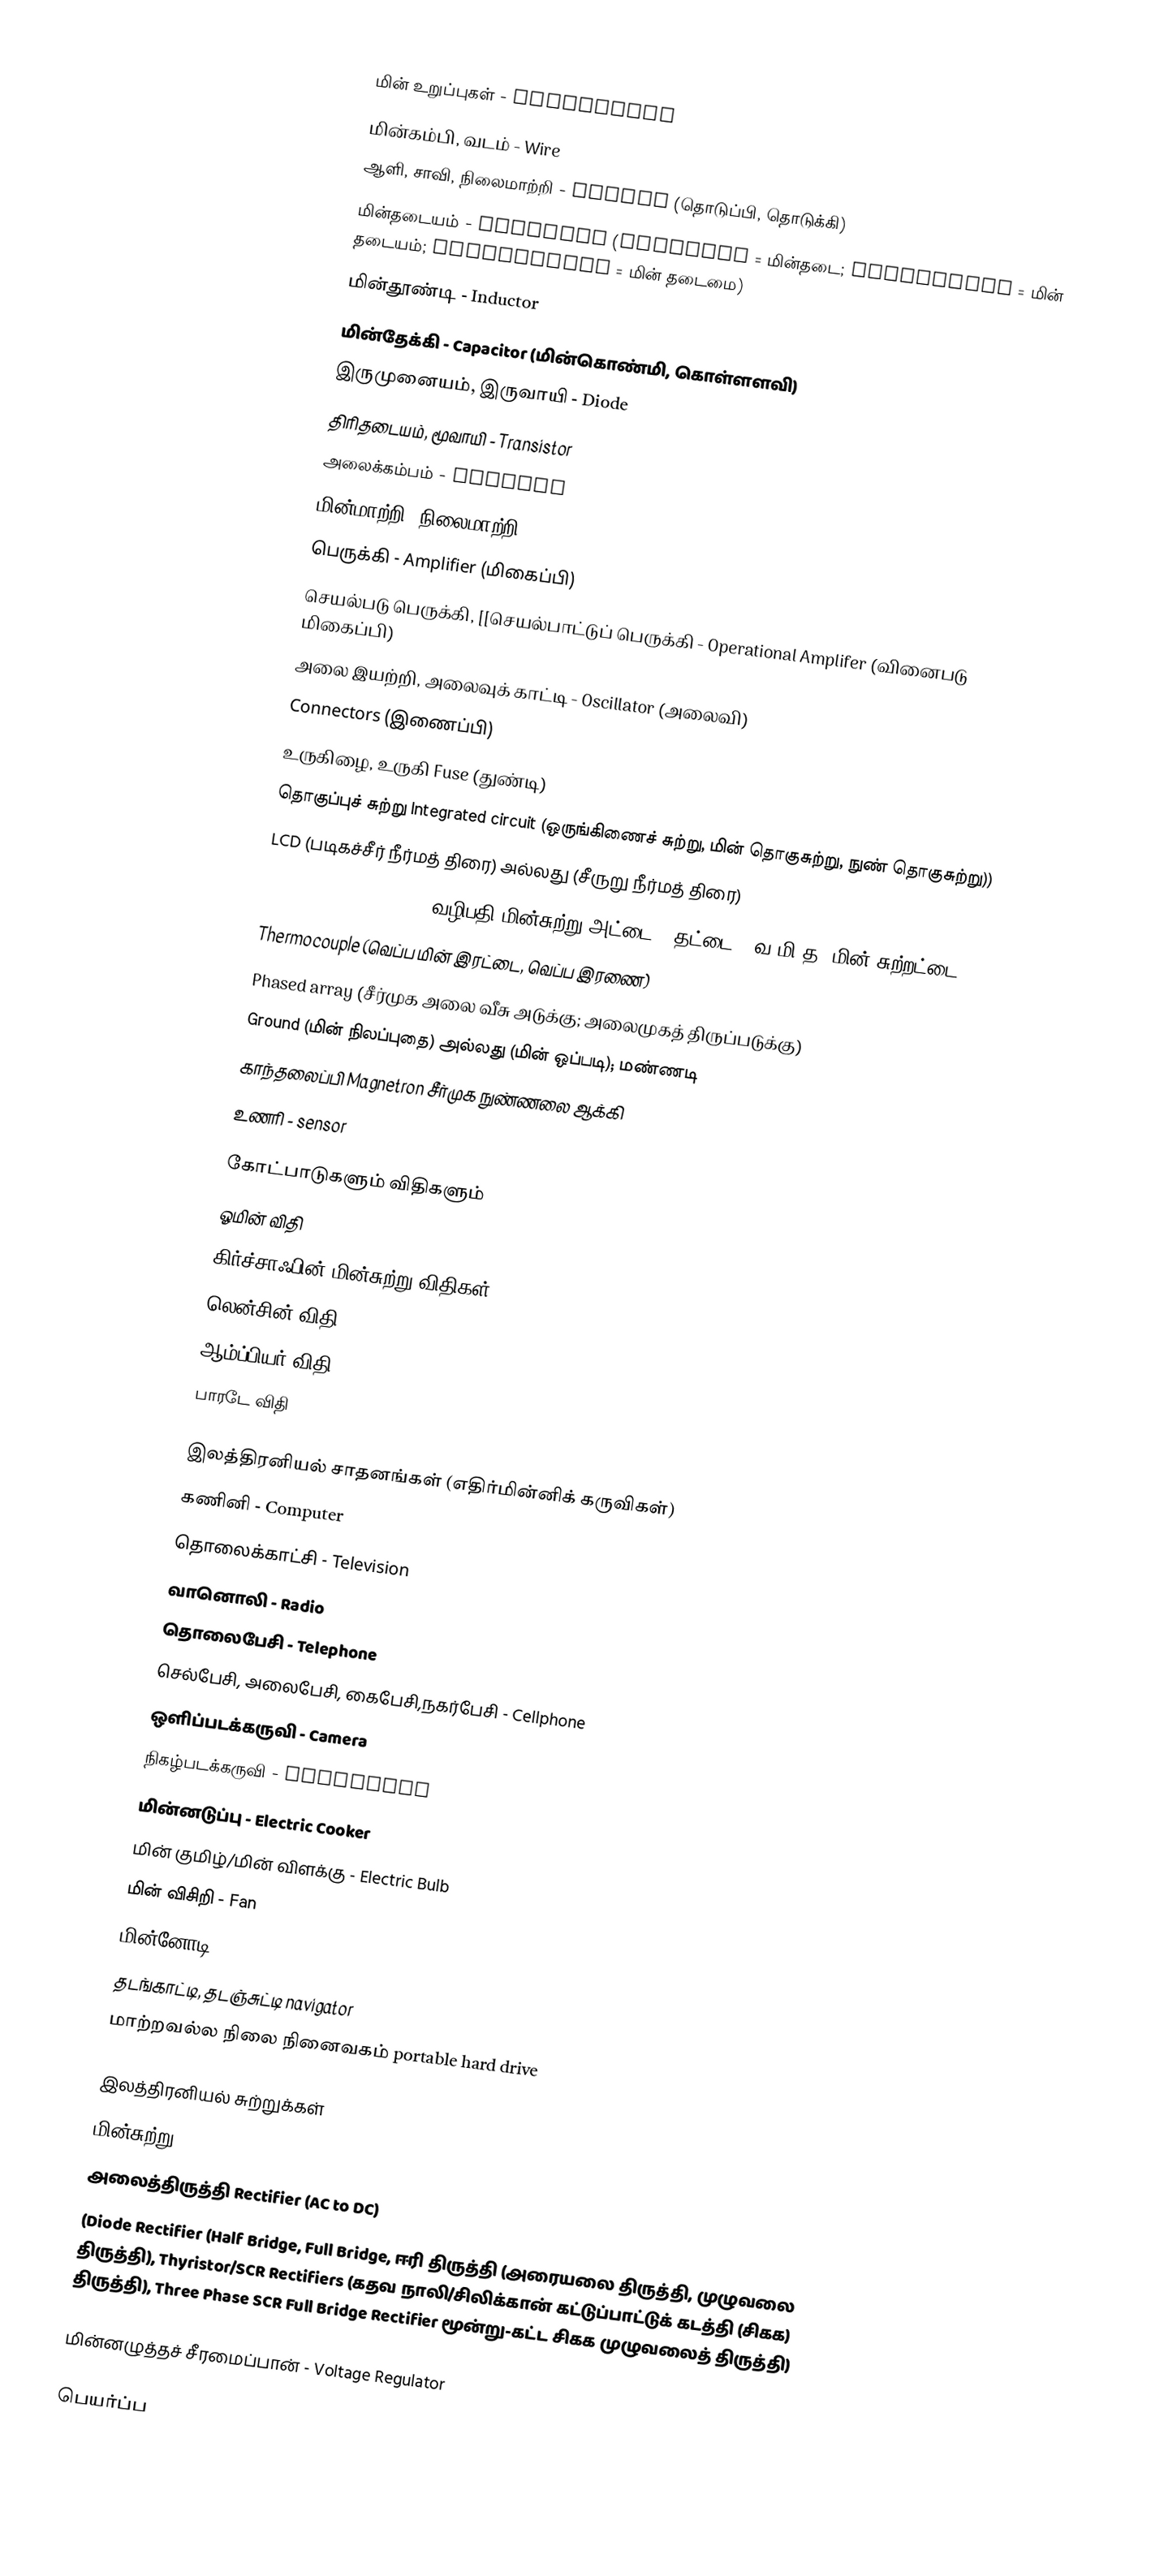

மின் உறுப்புகள் - Components
 மின்கம்பி, வடம் - Wire
 ஆளி, சாவி, நிலைமாற்றி - Switch (தொடுப்பி, தொடுக்கி)
 மின்தடையம் - Resistor (Resistor = மின்தடை; Resistance = மின் தடையம்; Resistivity = மின் தடைமை)
 மின்தூண்டி - Inductor
 மின்தேக்கி - Capacitor (மின்கொண்மி, கொள்ளளவி)
 இருமுனையம், இருவாயி - Diode
 திரிதடையம், மூவாயி - Transistor
 அலைக்கம்பம் - Antenna
 மின்மாற்றி, நிலைமாற்றி - Transformer
 பெருக்கி - Amplifier (மிகைப்பி)
 செயல்படு பெருக்கி, [[செயல்பாட்டுப் பெருக்கி - Operational Amplifer (வினைபடு மிகைப்பி)
 அலை இயற்றி, அலைவுக் காட்டி - Oscillator (அலைவி)
 Connectors (இணைப்பி)
 உருகிழை, உருகி Fuse (துண்டி)
 தொகுப்புச் சுற்று Integrated circuit (ஒருங்கிணைச் சுற்று, மின் தொகுசுற்று, நுண் தொகுசுற்று))
 LCD (படிகச்சீர் நீர்மத் திரை) அல்லது (சீருறு நீர்மத் திரை)
 Printed circuit board (வழிபதி மின்சுற்று அட்டை (/தட்டை)) வ.மி.த; மின் சுற்றட்டை)
 Thermocouple (வெப்ப மின் இரட்டை, வெப்ப இரணை)
 Phased array (சீர்முக அலை வீசு அடுக்கு; அலைமுகத் திருப்படுக்கு)
 Ground (மின் நிலப்புதை) அல்லது (மின் ஒப்படி); மண்ணடி
 காந்தலைப்பி Magnetron சீர்முக நுண்ணலை ஆக்கி
 உணரி - sensor

கோட்பாடுகளும் விதிகளும்
 ஓமின் விதி
 கிர்ச்சாஃபின் மின்சுற்று விதிகள்
 லென்சின் விதி
 ஆம்ப்பியர் விதி
 பாரடே விதி

இலத்திரனியல் சாதனங்கள் (எதிர்மின்னிக் கருவிகள்)
 கணினி - Computer
 தொலைக்காட்சி - Television
 வானொலி - Radio
 தொலைபேசி - Telephone
 செல்பேசி, அலைபேசி, கைபேசி,நகர்பேசி - Cellphone
 ஒளிப்படக்கருவி - Camera
 நிகழ்படக்கருவி - Camcorder
 மின்னடுப்பு - Electric Cooker
 மின் குமிழ்/மின் விளக்கு - Electric Bulb
 மின் விசிறி - Fan
 மின்னோடி
 தடங்காட்டி, தடஞ்சுட்டி navigator
 மாற்றவல்ல நிலை நினைவகம் portable hard drive

இலத்திரனியல் சுற்றுக்கள்
 மின்சுற்று
 அலைத்திருத்தி Rectifier (AC to DC)
(Diode Rectifier (Half Bridge, Full Bridge, ஈரி திருத்தி (அரையலை திருத்தி, முழுவலை திருத்தி), Thyristor/SCR Rectifiers (கதவ நாலி/சிலிக்கான் கட்டுப்பாட்டுக் கடத்தி (சிகக) திருத்தி), Three Phase SCR Full Bridge Rectifier மூன்று-கட்ட சிகக முழுவலைத் திருத்தி)

 மின்னழுத்தச் சீரமைப்பான்  - Voltage Regulator

 பெயர்ப்ப